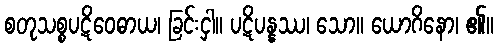
စတုသစ္စပဋိဝေဓာယ၊ ခြင်းငှါ။ ပဋိပန္နဿ၊ သော။ ယောဂိနော၊ ၏။